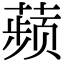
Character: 𬞟